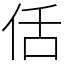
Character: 佸